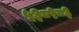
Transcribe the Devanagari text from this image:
५३८९८३